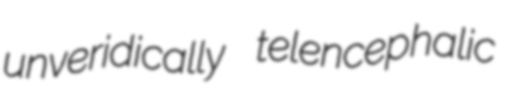
unveridically telencephalic